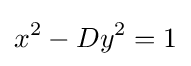
x^{2}-Dy^{2}=1